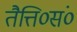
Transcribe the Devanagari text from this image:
तैत्ति०सं०